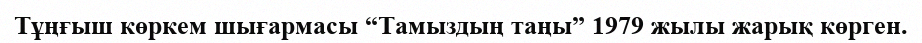
Тұңғыш көркем шығармасы “Тамыздың таңы” 1979 жылы жарық көрген.